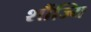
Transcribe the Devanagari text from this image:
शौंज्यि